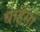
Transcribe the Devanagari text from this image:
बाईसी